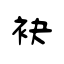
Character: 袂